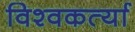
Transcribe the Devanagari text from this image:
विश्वकर्त्या